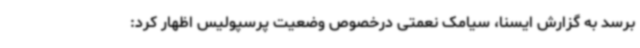
برسد به گزارش ایسنا، سیامک نعمتی درخصوص وضعیت پرسپولیس اظهار کرد: